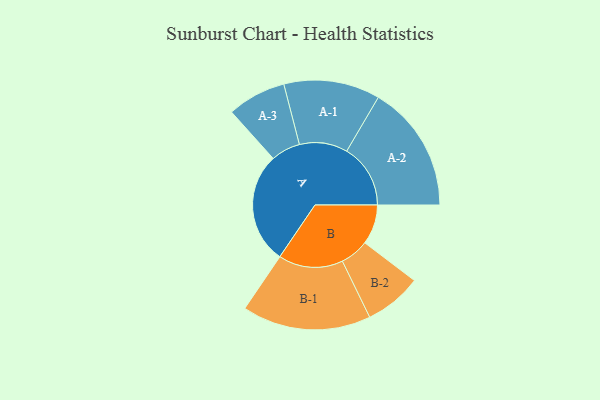
{"axis": {"x": "Segment", "y": "Value"}, "legend": ["", "A", "B"], "data": [{"x": "A", "y": 469, "type": ""}, {"x": "B", "y": 168, "type": ""}, {"x": "A-1", "y": 203, "type": "A"}, {"x": "A-2", "y": 269, "type": "A"}, {"x": "A-3", "y": 124, "type": "A"}, {"x": "B-1", "y": 272, "type": "B"}, {"x": "B-2", "y": 121, "type": "B"}]}